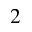
2